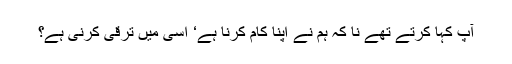
آپ کہا کرتے تھے نا کہ ہم نے اپنا کام کرنا ہے‘ اسی میں ترقی کرنی ہے؟